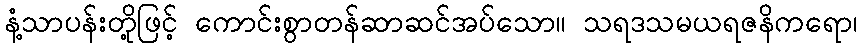
နံ့သာပန်းတို့ဖြင့် ကောင်းစွာတန်ဆာဆင်အပ်သော။ သရဒသမယရဇနိကရော၊